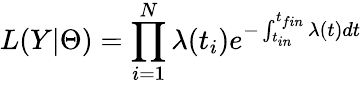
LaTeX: L(Y|\Theta)=\prod_{i=1}^{N}\lambda(t_{i})e^{-\int_{t_{in}}^{t_{fin}}\lambda(t)dt}